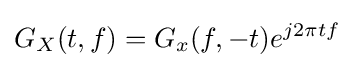
G_{X}(t,f)=G_{x}(f,-t)e^{j2\pi tf}